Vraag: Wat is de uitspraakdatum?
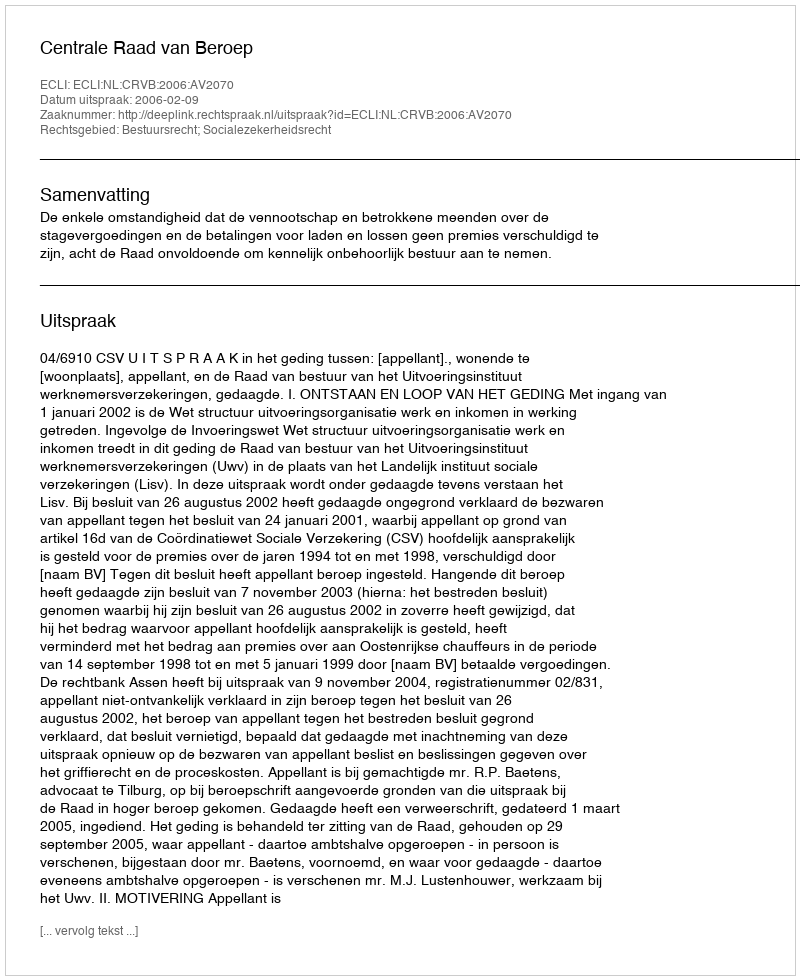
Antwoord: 2006-02-09